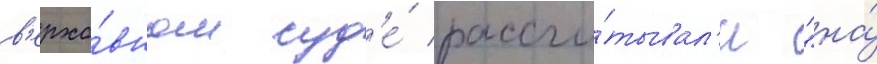
в'ерхо́вном суд'е́ рассчи́тывал'и "на́